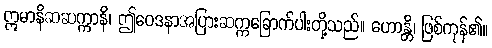
ဣမာနိဆဆက္ကာနိ၊ ဤဝေဒနာအပြားဆက္ကခြောက်ပါးတို့သည်။ ဟောန္တိ၊ ဖြစ်ကုန်၏။